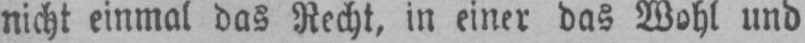
nicht einmal das Recht, in einer das Wohl und